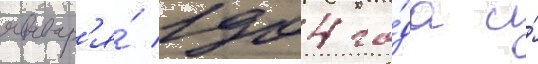
январ'я́ 1904 го́да и́